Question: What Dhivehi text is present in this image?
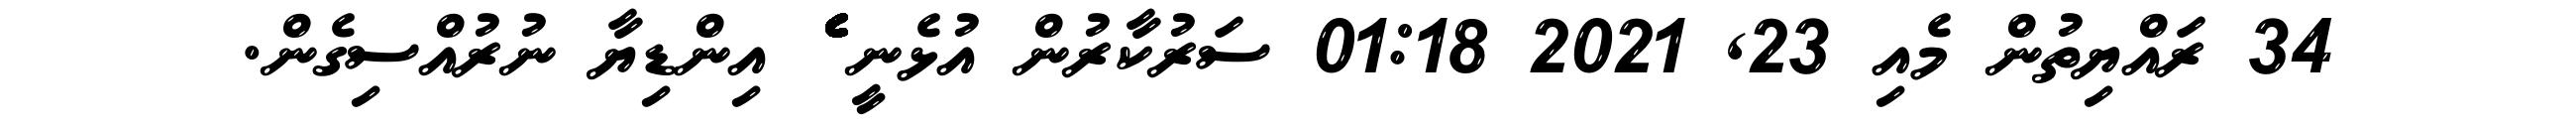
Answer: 34 ރައްޔިތުން މެއި 23, 2021 01:18 ސަރުކާރުން އުޅެނީ ެެެެެެެެެެެެެެެެެެެެެެެެެެެެެެެެެެެެެެެެެެެެެެެެެެެެެެެެެެެެެެެ އިންޑިޔާ ނުރުއްސިގެން.